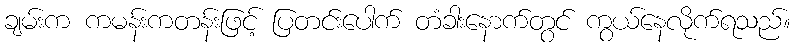
ချမ်းက ကမန်းကတန်းဖြင့် ပြတင်းပေါက် တံခါးနောက်တွင် ကွယ်နေလိုက်ရသည်။